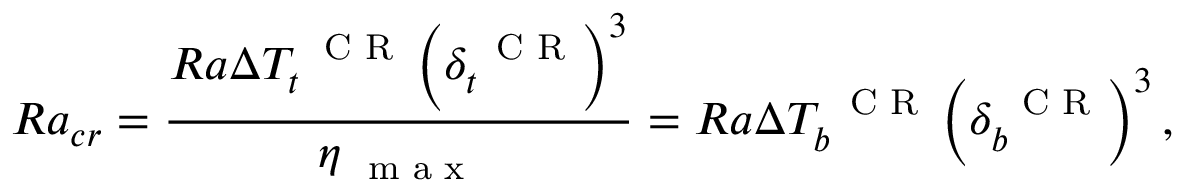
R a _ { c r } = \frac { R a \Delta T _ { t } ^ { \mathrm { ~ \scriptsize ~ C ~ R ~ } } \left( \delta _ { t } ^ { \mathrm { ~ \scriptsize ~ C ~ R ~ } } \right) ^ { 3 } } { \eta _ { \mathrm { ~ \scriptsize ~ m ~ a ~ x ~ } } } = R a \Delta T _ { b } ^ { \mathrm { ~ \scriptsize ~ C ~ R ~ } } \left( \delta _ { b } ^ { \mathrm { ~ \scriptsize ~ C ~ R ~ } } \right) ^ { 3 } ,